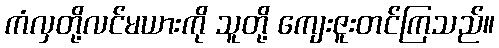
ကံလှတို့လင်မယားကို သူတို့ ကျေးဇူးတင်ကြသည်။